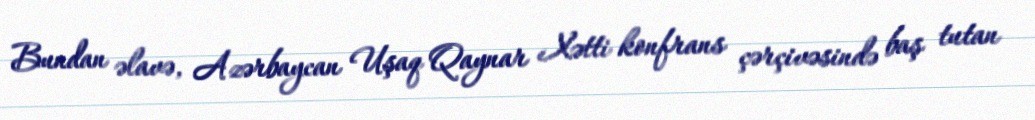
Bundan əlavə, Azərbaycan Uşaq Qaynar Xətti konfrans çərçivəsində baş tutan